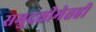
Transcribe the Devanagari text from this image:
समुद्रसीमेतही